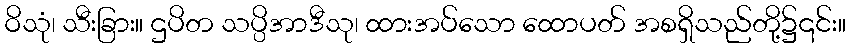
ဝိသုံ၊ သီးခြား။ ဌပိတ သပ္ပိအာဒီသု၊ ထားအပ်သော ထောပတ် အစရှိသည်တို့၌၎င်း။